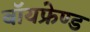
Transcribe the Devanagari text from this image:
बॉयफ्रेण्ड